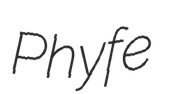
Phyfe